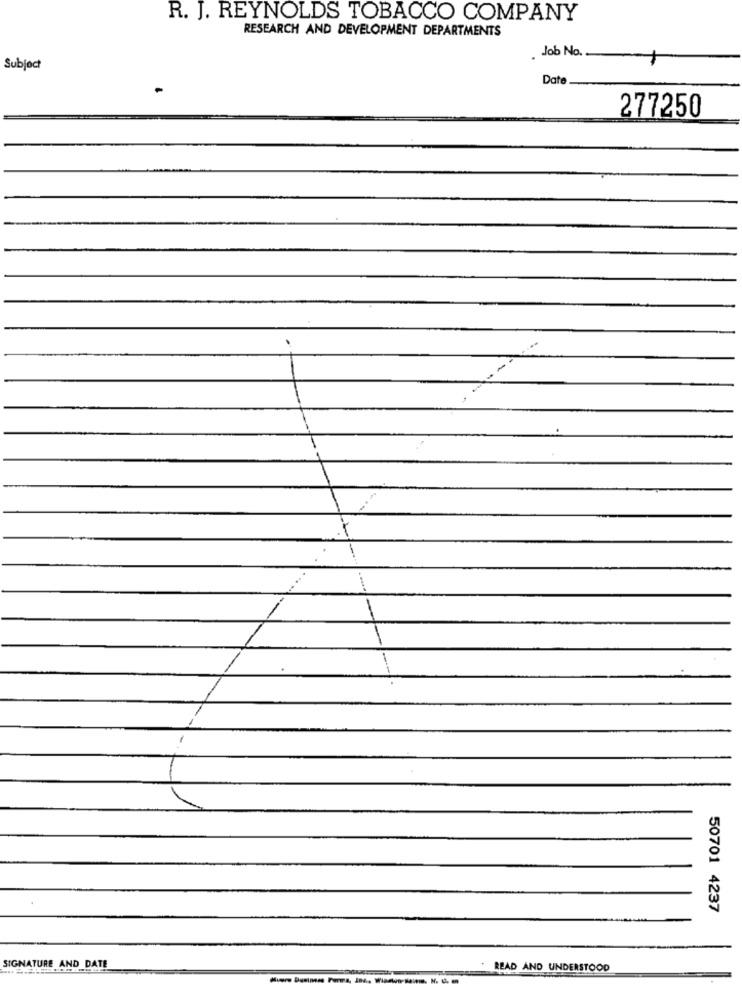
R. J. REYNOLDS TOBACCO COMPANY
RESEARCH AND DEVELOPMENT DEPARTMENTS
Job No.
Subject
Date
277250
50701 4237
SIGNATURE AND DATE
READ AND UNDERSTOOD
Muore Business Forma, Ind. Wiamwo-Main. N. G. m